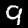
Label: 9